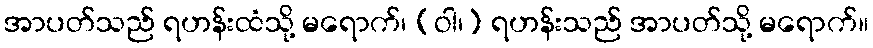
အာပတ်သည် ရဟန်းထံသို့ မရောက်၊ (ဝါ၊) ရဟန်းသည် အာပတ်သို့ မရောက်။